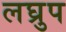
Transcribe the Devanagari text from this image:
लघ्रुप